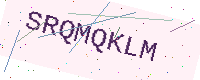
Text: SRQMQKLM